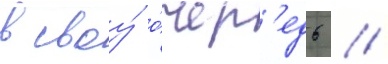
в своу́ о́чер'едь /